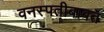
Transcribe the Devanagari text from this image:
वनस्पतीबाबत